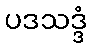
ပဒသဒ္ဒံ